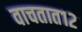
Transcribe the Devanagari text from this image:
वाचतात१२